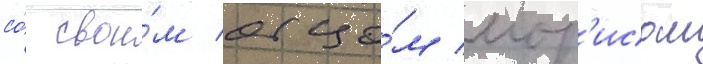
со́ свои́м отцо́м мор'исом